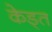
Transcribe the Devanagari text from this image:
केड्त